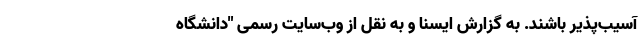
آسیب‌پذیر باشند. به گزارش ایسنا و به نقل از وب‌سایت رسمی "دانشگاه